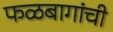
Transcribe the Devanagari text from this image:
फळबागांची